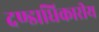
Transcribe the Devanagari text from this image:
दण्डाधिकारीय